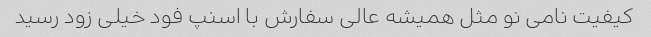
کیفیت نامی نو مثل همیشه عالی سفارش با اسنپ فود خیلی زود رسید